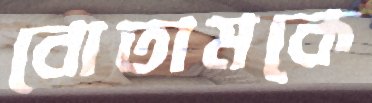
বোতামকে